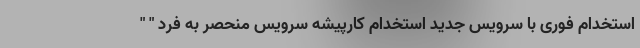
استخدام فوری با سرویس جدید استخدام کارپیشه سرویس منحصر به فرد " "